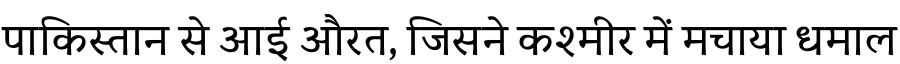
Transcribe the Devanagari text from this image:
पाकिस्तान से आई औरत, जिसने कश्मीर में मचाया धमाल